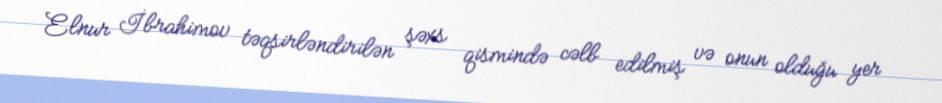
Elnur İbrahimov təqsirləndirilən şəxs qismində cəlb edilmiş və onun olduğu yer